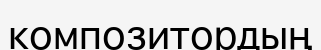
композитордың